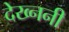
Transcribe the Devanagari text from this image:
देख्ननी